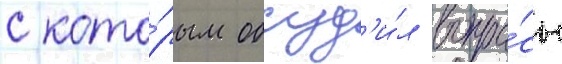
с кото́рым обсуд'и́л вопро́сы